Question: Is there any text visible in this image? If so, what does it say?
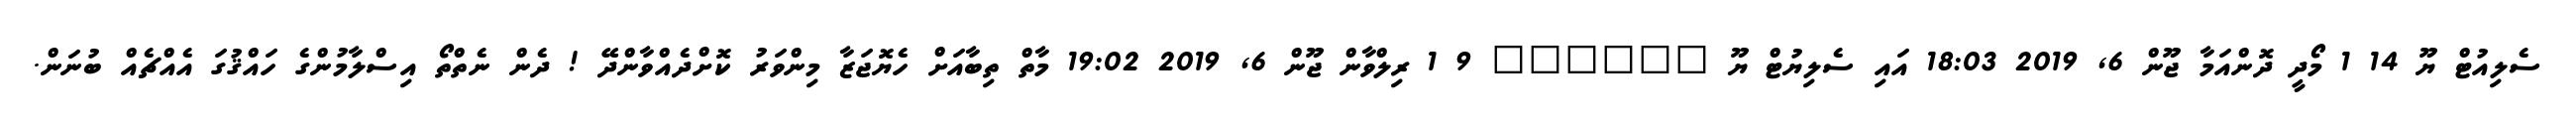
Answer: ސެލިއުޓް ޔޫ 14 1 މޯދީ ދޮންއަމާ ޖޫން 6, 2019 18:03 އައި ސެލިޔުޓް ޔޫ ?????? 9 1 ރިލްވާން ޖޫން 6, 2019 19:02 މާތް ތިބާއަށް ހެޔޮޖަޒާ މިންވަރު ކޮށްދެއްވާންދޭ ! ދެން ނެތްތޯ އިސްލާމުންގެ ހައްޤުގަ އެއްޗެއް ބުނަން.